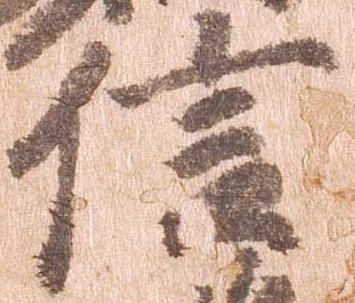
信